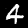
Label: 4